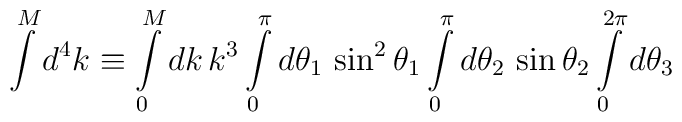
\int\limits^M d^4k \equiv \int\limits_0^M dk\, k^3\int\limits_0^\pi d\theta_1\,\sin^2\theta_1\int\limits_0^\pi d\theta_2\,\sin\theta_2\int\limits_0^{2\pi} d\theta_3